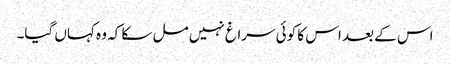
اس کے بعد اس کا کوئی سراغ نہیں مل سکا کہ وہ کہاں گیا۔